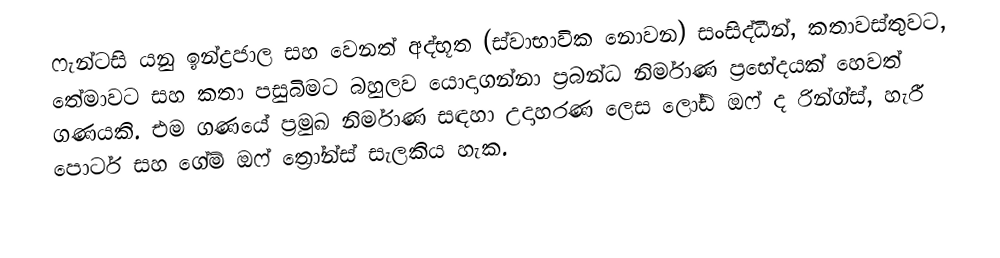
ෆැන්ටසි යනු ඉන්ද්‍රජාල සහ වෙනත් අද්භූත (ස්වාභාවික නොවන) සංසිද්ධීන්, කතාවස්තුවට, තේමාවට සහ කතා පසුබිමට බහුලව යොදාගන්නා ප්‍රබන්ධ නිර්මාණ ප්‍රභේදයක් හෙවත් ගණයකි. එම ගණයේ ප්‍රමුඛ නිර්මාණ සඳහා උදාහරණ ලෙස ලෝඩ් ඔෆ් ද රින්ග්ස්, හැරී පොටර් සහ ගේම් ඔෆ් ත්‍රෝන්ස් සැලකිය හැක.